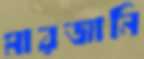
মারজানি